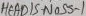
Text: HEADIS-NOSS-1